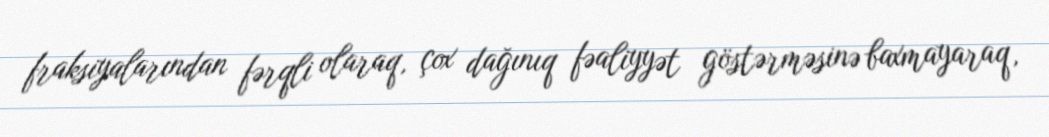
fraksiyalarından fərqli olaraq, çox dağınıq fəaliyyət göstərməsinə baxmayaraq,